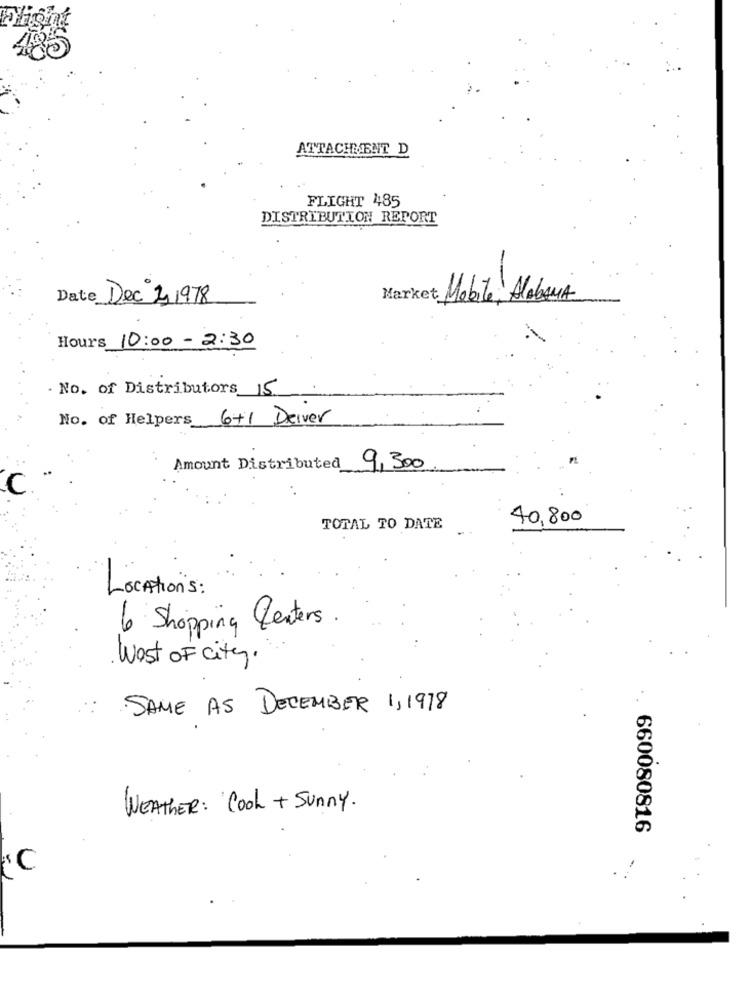
480
ATTACHMENT D
FLIGHT 485
DISTRIBUTION REPORT
Date Dec 2 1978
Market Mobile, Alabama
Hours 10:00- 2:30
· No. of Distributors 15
No. of Helpers 6+1 Driver
Amount Distributed
9,300
40,800
TOTAL TO DATE
Locations :
6 Shopping Centers.
West OF city .
SAME AS DECEMBER 1,1978
WEATHER : Cool + Sunny .
660080816
'C